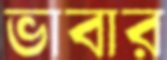
ভাবার